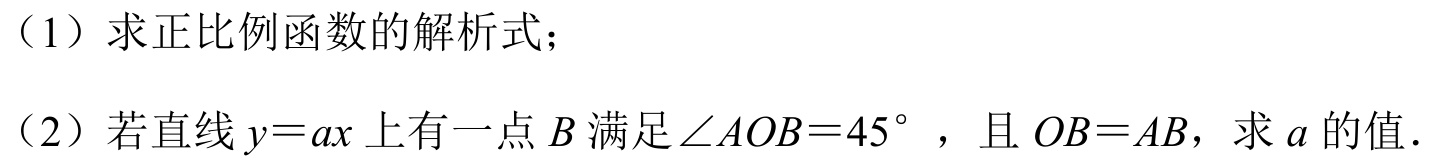
(1) 求正比例函数的解析式；
(2) 若直线 \(y = ax\) 上有一点 \(B\) 满足\(\angle AOB = 45^{\circ}\) ，且 \(OB = AB\)，求 \(a\) 的值.